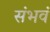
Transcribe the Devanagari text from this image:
संभवं